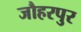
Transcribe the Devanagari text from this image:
जौहरपुर